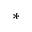
\ast